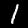
Digit: 1